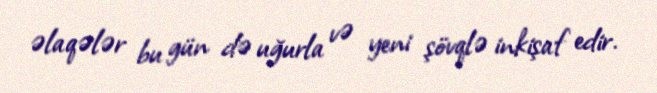
əlaqələr bu gün də uğurla və yeni şövqlə inkişaf edir.